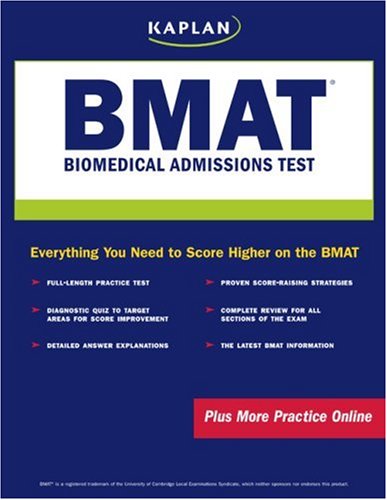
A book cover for BMAT: Biomedical Admissions Test; Kaplan; Test Preparation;